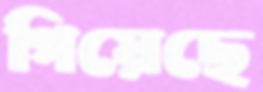
গিয়েছে